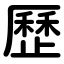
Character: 歷